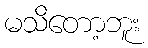
မသိတော့ဘူး